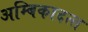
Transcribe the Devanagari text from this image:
अम्बिकादत्‍त